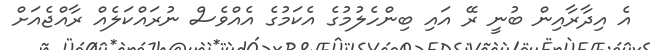
އެ އިދާރާއިން ބުނީ ރޭ އައި ބިންހެލުމުގެ އެކަމުގެ އެއްވެސް ނުރައްކަލެއް ރާއްޖެއަށް